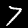
Digit: 7